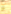
و